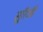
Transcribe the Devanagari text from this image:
सूरिजी